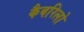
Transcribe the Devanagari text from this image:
कैबरिलो